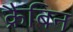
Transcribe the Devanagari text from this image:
क्रैबिन